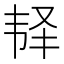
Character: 𩏽